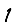
Digit: 1